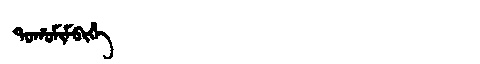
Manchu: ᡨᠣᡥᠣᠮᡳᠮᠪᡳᡥᡝ
Romanization: TOHOMIMBIHE